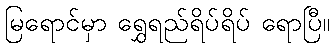
မြရောင်မှာ ရွှေရည်ရိပ်ရိပ် ရောပြီ။